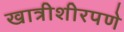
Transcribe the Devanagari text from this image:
खात्रीशीरपणे